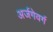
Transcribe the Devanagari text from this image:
अर्जगेवर्ग